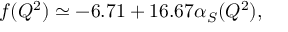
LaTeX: ~ ~ ~ ~ ~ ~ ~ ~ ~ ~ ~ ~ ~ ~ ~ ~ ~ ~ ~ ~ ~ ~ ~ ~ f ( Q ^ { 2 } ) \simeq - 6 . 7 1 + 1 6 . 6 7 \alpha _ { S } ( Q ^ { 2 } ) ,